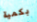
بكمية